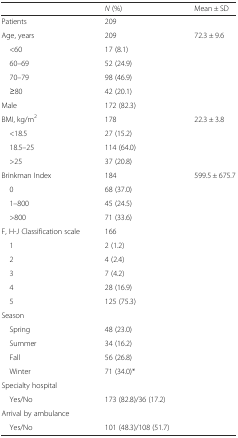
<table><thead><tr><td></td><td><b><i>N</i> (%)</b></td><td><b>Mean ± SD</b></td></tr></thead><tbody><tr><td>Patients</td><td>209</td><td></td></tr><tr><td>Age, years</td><td>209</td><td>72.3 ± 9.6</td></tr><tr><td> &lt;60</td><td>17 (8.1)</td><td></td></tr><tr><td> 60–69</td><td>52 (24.9)</td><td></td></tr><tr><td> 70–79</td><td>98 (46.9)</td><td></td></tr><tr><td> ≥80</td><td>42 (20.1)</td><td></td></tr><tr><td>Male</td><td>172 (82.3)</td><td></td></tr><tr><td>BMI, kg/m<sup>2</sup></td><td>178</td><td>22.3 ± 3.8</td></tr><tr><td> &lt;18.5</td><td>27 (15.2)</td><td></td></tr><tr><td> 18.5–25</td><td>114 (64.0)</td><td></td></tr><tr><td> &gt;25</td><td>37 (20.8)</td><td></td></tr><tr><td>Brinkman Index</td><td>184</td><td>599.5 ± 675.7</td></tr><tr><td> 0</td><td>68 (37.0)</td><td></td></tr><tr><td> 1–800</td><td>45 (24.5)</td><td></td></tr><tr><td> &gt;800</td><td>71 (33.6)</td><td></td></tr><tr><td>F, H-J Classification scale</td><td>166</td><td></td></tr><tr><td> 1</td><td>2 (1.2)</td><td></td></tr><tr><td> 2</td><td>4 (2.4)</td><td></td></tr><tr><td> 3</td><td>7 (4.2)</td><td></td></tr><tr><td> 4</td><td>28 (16.9)</td><td></td></tr><tr><td> 5</td><td>125 (75.3)</td><td></td></tr><tr><td>Season</td><td></td><td></td></tr><tr><td> Spring</td><td>48 (23.0)</td><td></td></tr><tr><td> Summer</td><td>34 (16.2)</td><td></td></tr><tr><td> Fall</td><td>56 (26.8)</td><td></td></tr><tr><td> Winter</td><td>71 (34.0)*</td><td></td></tr><tr><td>Specialty hospital</td><td></td><td></td></tr><tr><td> Yes/No</td><td>173 (82.8)/36 (17.2)</td><td></td></tr><tr><td>Arrival by ambulance</td><td></td><td></td></tr><tr><td> Yes/No</td><td>101 (48.3)/108 (51.7)</td><td></td></tr></tbody></table>